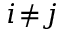
i \! \neq \! j